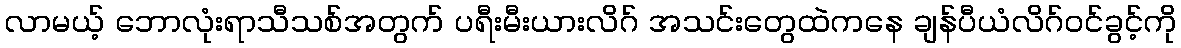
လာမယ့် ဘောလုံးရာသီသစ်အတွက် ပရီးမီးယားလိဂ် အသင်းတွေထဲကနေ ချန်ပီယံလိဂ်ဝင်ခွင့်ကို